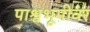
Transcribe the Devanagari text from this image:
पाश्वभूमीवर